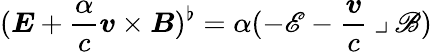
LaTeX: (\boldsymbol{E}+\frac{\alpha}{c}\boldsymbol{v}\times\boldsymbol{B})^{\flat}=\alpha(-\mathscr{E}-\frac{\boldsymbol{v}}{c}\mathbin{\lrcorner}\mathscr{B})